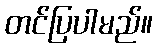
တင်ပြပါမည်။